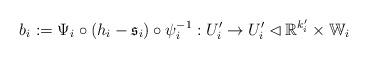
LaTeX: \begin{align*} b_i := \Psi_i \circ (h_i - \mathfrak{s}_i) \circ \psi_i^{-1} : U'_i \rightarrow U'_i \lhd \mathbb{R}^{k'_i} \times \mathbb{W}_i\end{align*}